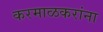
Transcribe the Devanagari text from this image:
करमाळकरांना